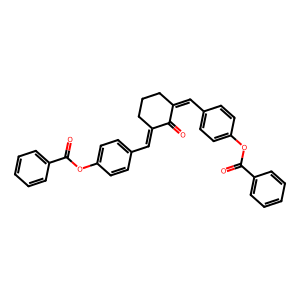
SMILES: O=C1C(=Cc2ccc(OC(=O)c3ccccc3)cc2)CCCC1=Cc1ccc(OC(=O)c2ccccc2)cc1
Inhibits HIV replication: No